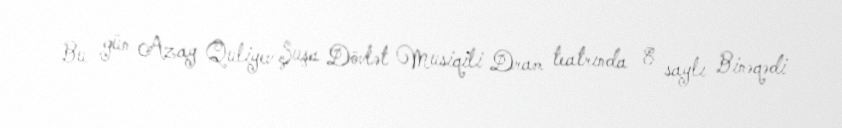
Bu gün Azay Quliyev Şuşa Dövlət Musiqili Dram teatrında 8 saylı Binəqədi